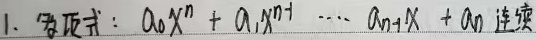
1. 多项式：\(a_{0}x^{n}+a_{1}x^{n - 1}+\cdots+a_{n - 1}x + a_{n}\) 连续